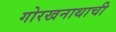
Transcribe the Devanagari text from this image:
गोरखनाथाची